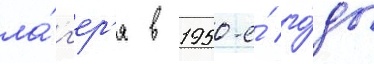
ла́г'ер'я в 1950-е́ го́ды